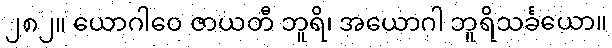
၂၈၂။ ယောဂါဝေ ဇာယတီ ဘူရိ၊ အယောဂါ ဘူရိသင်္ခယော။